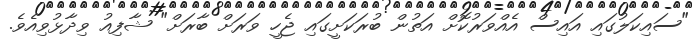
"ސައިކަލުގައި އައިސް އެއްވަރުކޮށް އަތުން ބުރަކަށީގައި ޖެހީ ވަރަށް ބާރަށް" ޝާފިއު ވިދާޅުވިއެވެ.